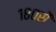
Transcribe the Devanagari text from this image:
१८०सें